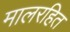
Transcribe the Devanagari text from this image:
मालरहित